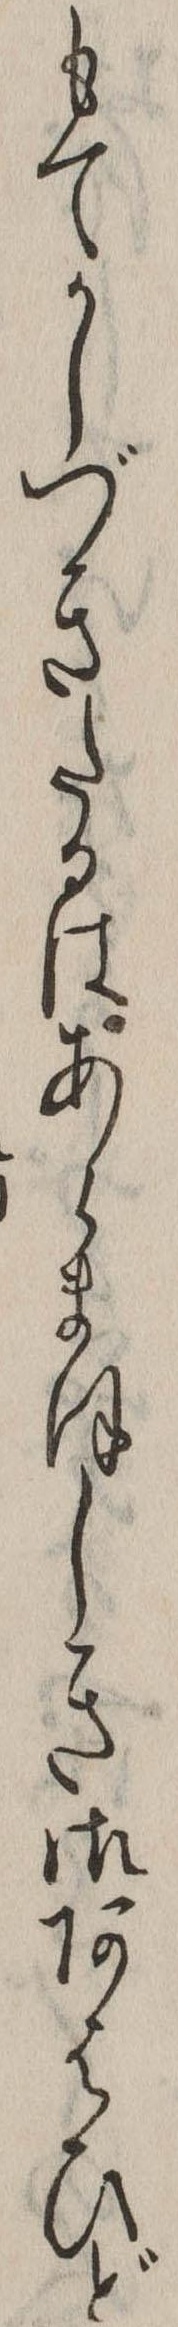
もてかしづきたるはあらまほしき御あはひど